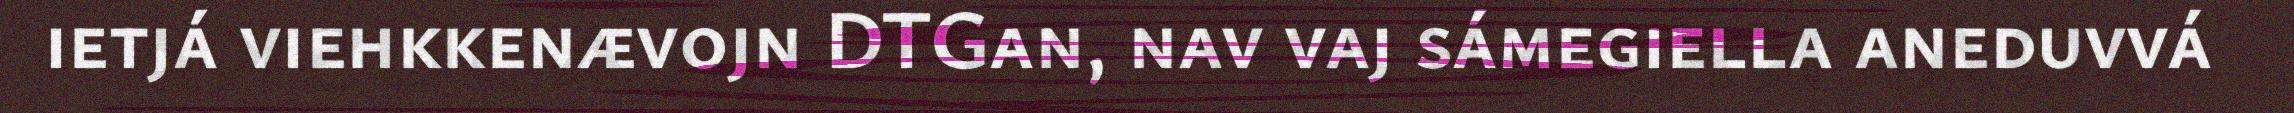
ietjá viehkkenævojn DTGan, nav vaj sámegiella aneduvvá